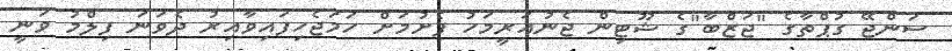
ސަންޖޭ ގުޕްތާގެ "ޖަޒްބާ"ގެ ޝޫޓިން ޖެނުއަރީމަހު ފެށުމަށް ހަމަޖެހިފައިވާއިރު ދެވަނަ ފިލްމު ވަނީ